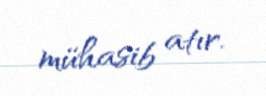
mühasib atır.